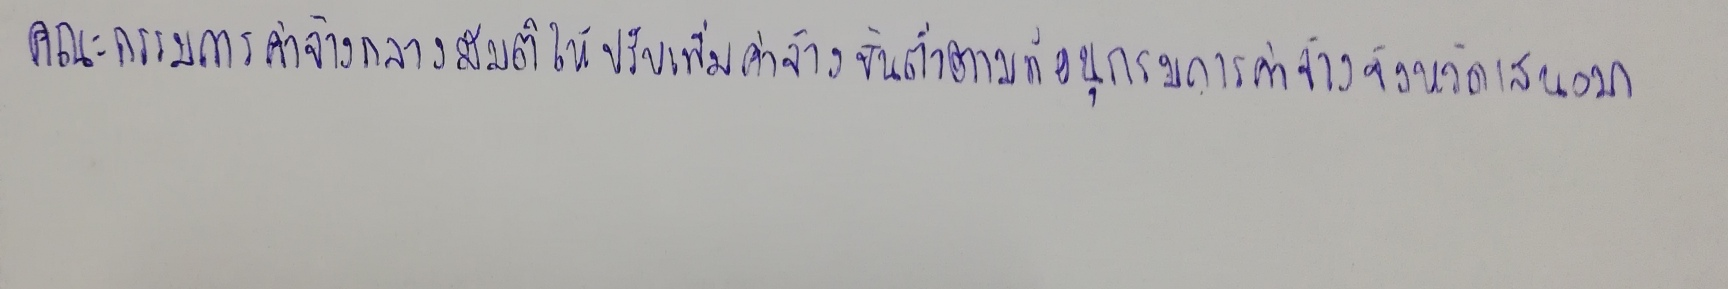
คณะกรรมการค่าจ้างกลางมีมติให้ปรับเพิ่มค่าจ้างขั้นต่ำตามที่อนุกรรมการค่าจ้างจังหวัดเสนอมา